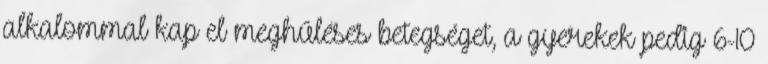
alkalommal kap el meghűléses betegséget, a gyerekek pedig 6-10